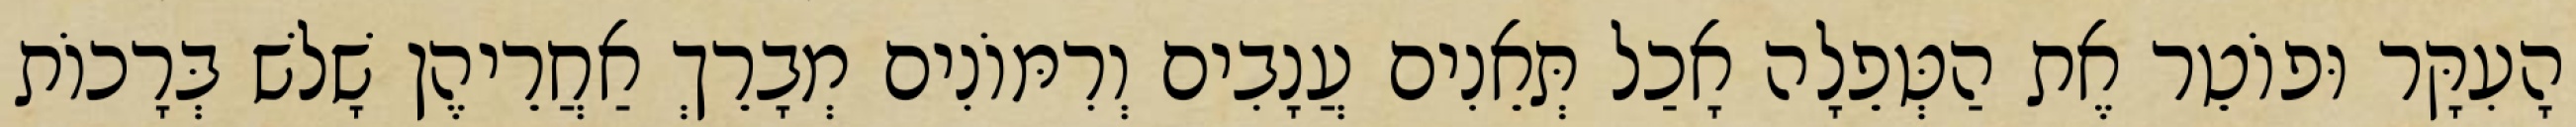
הָעִקָּר וּפוֹטֵר אֶת הַטְּפֵלָה אָכַל תְּאֵנִים עֲנָבִים וְרִמּוֹנִים מְבָרֵךְ אַחֲרֵיהֶן שָׁלשׁ בְּרָכוֹת